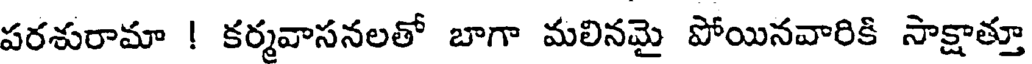
పరశురామా ! కర్మవాసనలతో బాగా మలినమై పోయినవారికి సాక్షాత్తూ